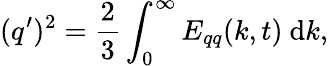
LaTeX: (q^{\prime})^{2}=\frac{2}{3}\int_{0}^{\infty}E_{qq}(k,t)\mathrm{~d}k,